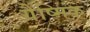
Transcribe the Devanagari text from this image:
ग्रैष्मिक